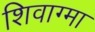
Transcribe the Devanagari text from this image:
शिवाग्मा